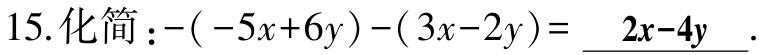
15.化简：\(-(-5x + 6y)-(3x - 2y)= \underline{2x - 4y}\).